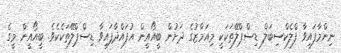
ނިންމާފައިވާ ފްލެކްސިބަލް ޑިސްޕްލޭތަކަކީ މިއަމާޒުގެ ދަށުން ބީއޯއީން އުފައްދާފައިވާ ޑިސްޕްލޭތަކެކެވެ. ބީއޯއީން މީގެ